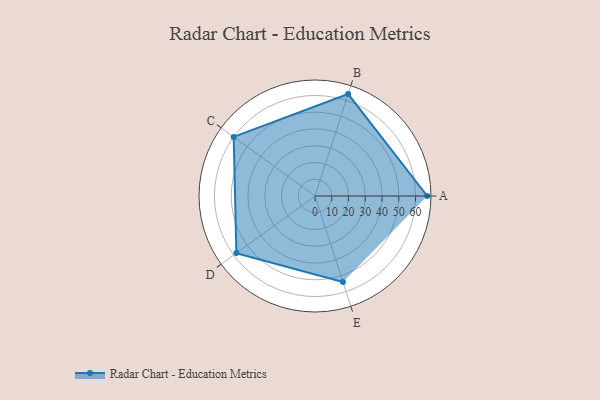
{"axis": {"x": "Skill", "y": "Score"}, "legend": ["Profile"], "data": [{"x": "A", "y": 67.0, "type": "Profile"}, {"x": "B", "y": 64.0, "type": "Profile"}, {"x": "C", "y": 60.0, "type": "Profile"}, {"x": "D", "y": 58.0, "type": "Profile"}, {"x": "E", "y": 54.0, "type": "Profile"}]}